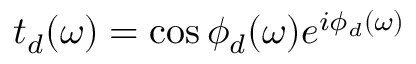
t _ { d } ( \omega ) = \cos { \phi _ { d } ( \omega ) } e ^ { i \phi _ { d } ( \omega ) }